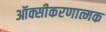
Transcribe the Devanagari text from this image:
ऑक्सीकरणात्मक